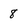
Character: 8